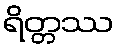
ရိတ္တဿ